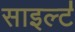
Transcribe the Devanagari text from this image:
साइल्ट॑